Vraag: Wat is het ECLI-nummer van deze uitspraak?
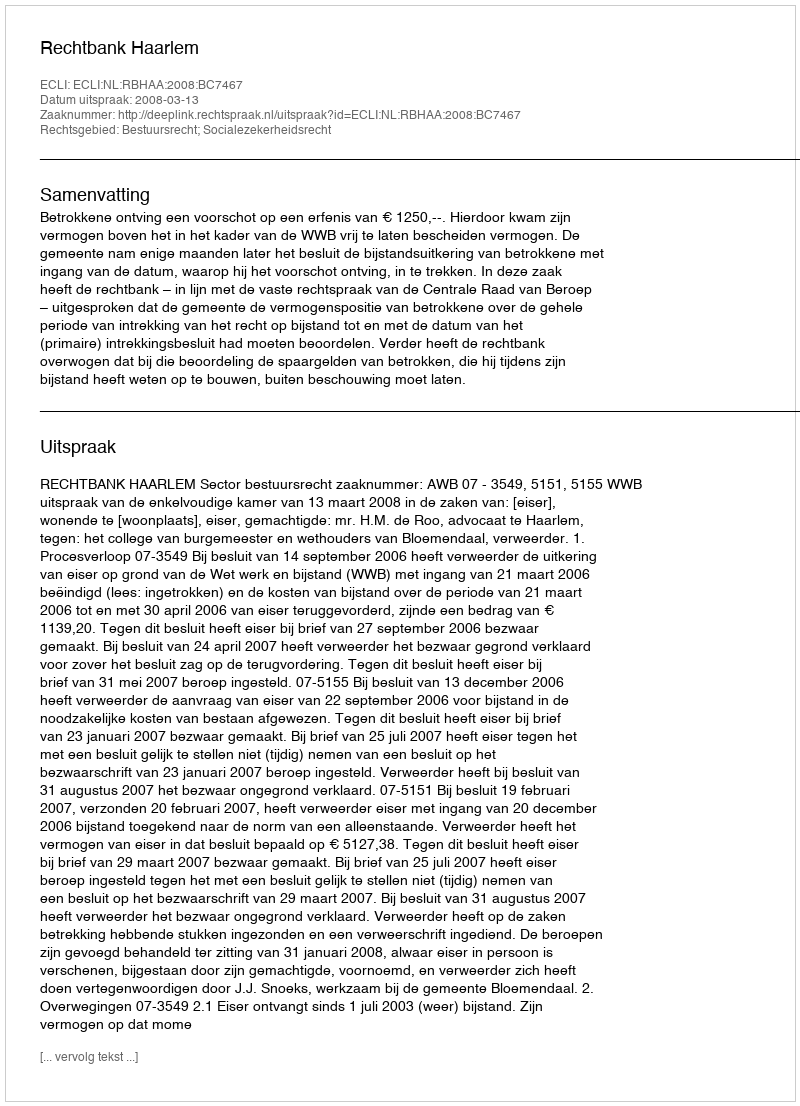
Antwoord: ECLI:NL:RBHAA:2008:BC7467